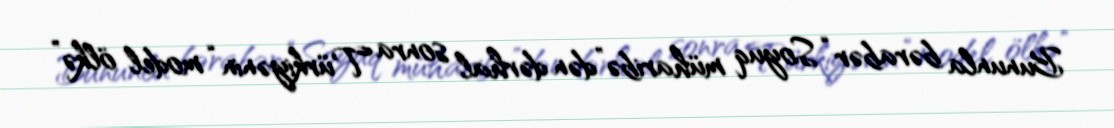
Bununla bərabər “Soyuq müharibə”dən dərhal sonra Türkiyənin “model ölkə”